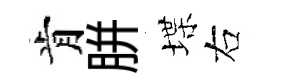
肯胼堞右